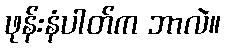
ဖုန်းနံပါတ်က ဘာလဲ။